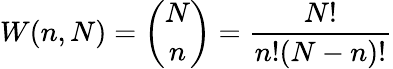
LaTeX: W(n,N)={\binom{N}{n}}={\frac{N!}{n!(N-n)!}}